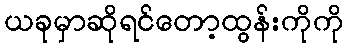
ယခုမှာဆိုရင်တော့ထွန်းကိုကို